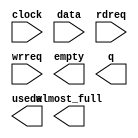
// megafunction wizard: %FIFO%VBB%
// GENERATION: STANDARD
// VERSION: WM1.0
// MODULE: scfifo 

// ============================================================
// Megafunction Name(s):
// 			scfifo
//
// Simulation Library Files(s):
// 			altera_mf
// ============================================================
// ************************************************************
// THIS IS A WIZARD-GENERATED FILE. DO NOT EDIT THIS FILE!
//
// 19.1.0 Build 670 09/22/2019 SJ Lite Edition
// ************************************************************

//Copyright (C) 2019  Intel Corporation. All rights reserved.
//Your use of Intel Corporation's design tools, logic functions 
//and other software and tools, and any partner logic 
//functions, and any output files from any of the foregoing 
//(including device programming or simulation files), and any 
//associated documentation or information are expressly subject 
//to the terms and conditions of the Intel Program License 
//Subscription Agreement, the Intel Quartus Prime License Agreement,
//the Intel FPGA IP License Agreement, or other applicable license
//agreement, including, without limitation, that your use is for
//the sole purpose of programming logic devices manufactured by
//Intel and sold by Intel or its authorized distributors.  Please
//refer to the applicable agreement for further details, at
//https://fpgasoftware.intel.com/eula.

module fifo_bufer (
	clock,
	data,
	rdreq,
	wrreq,
	almost_full,
	empty,
	q,
	usedw);

	input	  clock;
	input	[7:0]  data;
	input	  rdreq;
	input	  wrreq;
	output	  almost_full;
	output	  empty;
	output	[7:0]  q;
	output	[7:0]  usedw;

endmodule

// ============================================================
// CNX file retrieval info
// ============================================================
// Retrieval info: PRIVATE: AlmostEmpty NUMERIC "0"
// Retrieval info: PRIVATE: AlmostEmptyThr NUMERIC "-1"
// Retrieval info: PRIVATE: AlmostFull NUMERIC "1"
// Retrieval info: PRIVATE: AlmostFullThr NUMERIC "175"
// Retrieval info: PRIVATE: CLOCKS_ARE_SYNCHRONIZED NUMERIC "1"
// Retrieval info: PRIVATE: Clock NUMERIC "0"
// Retrieval info: PRIVATE: Depth NUMERIC "256"
// Retrieval info: PRIVATE: Empty NUMERIC "1"
// Retrieval info: PRIVATE: Full NUMERIC "0"
// Retrieval info: PRIVATE: INTENDED_DEVICE_FAMILY STRING "Cyclone IV E"
// Retrieval info: PRIVATE: LE_BasedFIFO NUMERIC "0"
// Retrieval info: PRIVATE: LegacyRREQ NUMERIC "1"
// Retrieval info: PRIVATE: MAX_DEPTH_BY_9 NUMERIC "0"
// Retrieval info: PRIVATE: OVERFLOW_CHECKING NUMERIC "0"
// Retrieval info: PRIVATE: Optimize NUMERIC "1"
// Retrieval info: PRIVATE: RAM_BLOCK_TYPE NUMERIC "0"
// Retrieval info: PRIVATE: SYNTH_WRAPPER_GEN_POSTFIX STRING "0"
// Retrieval info: PRIVATE: UNDERFLOW_CHECKING NUMERIC "0"
// Retrieval info: PRIVATE: UsedW NUMERIC "1"
// Retrieval info: PRIVATE: Width NUMERIC "8"
// Retrieval info: PRIVATE: dc_aclr NUMERIC "0"
// Retrieval info: PRIVATE: diff_widths NUMERIC "0"
// Retrieval info: PRIVATE: msb_usedw NUMERIC "0"
// Retrieval info: PRIVATE: output_width NUMERIC "8"
// Retrieval info: PRIVATE: rsEmpty NUMERIC "1"
// Retrieval info: PRIVATE: rsFull NUMERIC "0"
// Retrieval info: PRIVATE: rsUsedW NUMERIC "0"
// Retrieval info: PRIVATE: sc_aclr NUMERIC "0"
// Retrieval info: PRIVATE: sc_sclr NUMERIC "0"
// Retrieval info: PRIVATE: wsEmpty NUMERIC "0"
// Retrieval info: PRIVATE: wsFull NUMERIC "1"
// Retrieval info: PRIVATE: wsUsedW NUMERIC "0"
// Retrieval info: LIBRARY: altera_mf altera_mf.altera_mf_components.all
// Retrieval info: CONSTANT: ADD_RAM_OUTPUT_REGISTER STRING "ON"
// Retrieval info: CONSTANT: ALMOST_FULL_VALUE NUMERIC "175"
// Retrieval info: CONSTANT: INTENDED_DEVICE_FAMILY STRING "Cyclone IV E"
// Retrieval info: CONSTANT: LPM_NUMWORDS NUMERIC "256"
// Retrieval info: CONSTANT: LPM_SHOWAHEAD STRING "OFF"
// Retrieval info: CONSTANT: LPM_TYPE STRING "scfifo"
// Retrieval info: CONSTANT: LPM_WIDTH NUMERIC "8"
// Retrieval info: CONSTANT: LPM_WIDTHU NUMERIC "8"
// Retrieval info: CONSTANT: OVERFLOW_CHECKING STRING "ON"
// Retrieval info: CONSTANT: UNDERFLOW_CHECKING STRING "ON"
// Retrieval info: CONSTANT: USE_EAB STRING "ON"
// Retrieval info: USED_PORT: almost_full 0 0 0 0 OUTPUT NODEFVAL "almost_full"
// Retrieval info: USED_PORT: clock 0 0 0 0 INPUT NODEFVAL "clock"
// Retrieval info: USED_PORT: data 0 0 8 0 INPUT NODEFVAL "data[7..0]"
// Retrieval info: USED_PORT: empty 0 0 0 0 OUTPUT NODEFVAL "empty"
// Retrieval info: USED_PORT: q 0 0 8 0 OUTPUT NODEFVAL "q[7..0]"
// Retrieval info: USED_PORT: rdreq 0 0 0 0 INPUT NODEFVAL "rdreq"
// Retrieval info: USED_PORT: usedw 0 0 8 0 OUTPUT NODEFVAL "usedw[7..0]"
// Retrieval info: USED_PORT: wrreq 0 0 0 0 INPUT NODEFVAL "wrreq"
// Retrieval info: CONNECT: @clock 0 0 0 0 clock 0 0 0 0
// Retrieval info: CONNECT: @data 0 0 8 0 data 0 0 8 0
// Retrieval info: CONNECT: @rdreq 0 0 0 0 rdreq 0 0 0 0
// Retrieval info: CONNECT: @wrreq 0 0 0 0 wrreq 0 0 0 0
// Retrieval info: CONNECT: almost_full 0 0 0 0 @almost_full 0 0 0 0
// Retrieval info: CONNECT: empty 0 0 0 0 @empty 0 0 0 0
// Retrieval info: CONNECT: q 0 0 8 0 @q 0 0 8 0
// Retrieval info: CONNECT: usedw 0 0 8 0 @usedw 0 0 8 0
// Retrieval info: GEN_FILE: TYPE_NORMAL fifo_bufer.v TRUE
// Retrieval info: GEN_FILE: TYPE_NORMAL fifo_bufer.inc FALSE
// Retrieval info: GEN_FILE: TYPE_NORMAL fifo_bufer.cmp FALSE
// Retrieval info: GEN_FILE: TYPE_NORMAL fifo_bufer.bsf TRUE
// Retrieval info: GEN_FILE: TYPE_NORMAL fifo_bufer_inst.v TRUE
// Retrieval info: GEN_FILE: TYPE_NORMAL fifo_bufer_bb.v TRUE
// Retrieval info: LIB_FILE: altera_mf